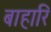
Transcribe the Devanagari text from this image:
बाहारि